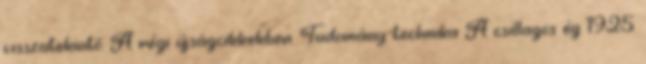
visszatekintő. A régi újságcikkekben. Tudomány-technika A csillagos ég 1925.